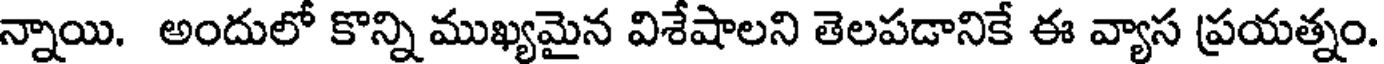
న్నాయి. అందులో కొన్ని ముఖ్యమైన విశేషాలని తెలపడానికే ఈ వ్యాస ప్రయత్నం.